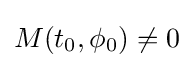
M(t_{0},\phi _{0})\neq 0